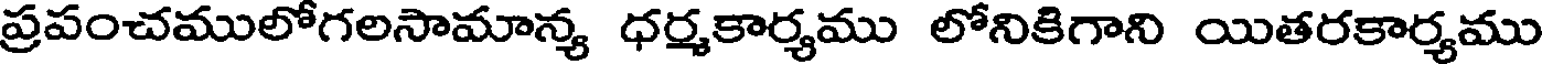
ప్రపంచములోగలసామాన్య ధర్మకార్యము లోనికిగాని యితరకార్యము